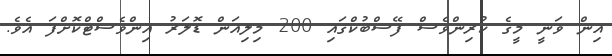
އިން ވަނީ މީގެ ކުރިންވެސް ފޭސްބުކްގައި 200 މިލިއަން ޑޮލަރު އިންވެސްޓްކޮށްފަ އެވެ.